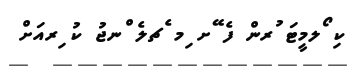
ކި ޯލމީޓަ ުރން ފެ ޭށ ިމ ެޗލެ ްނޖު ކު ިރއަށް